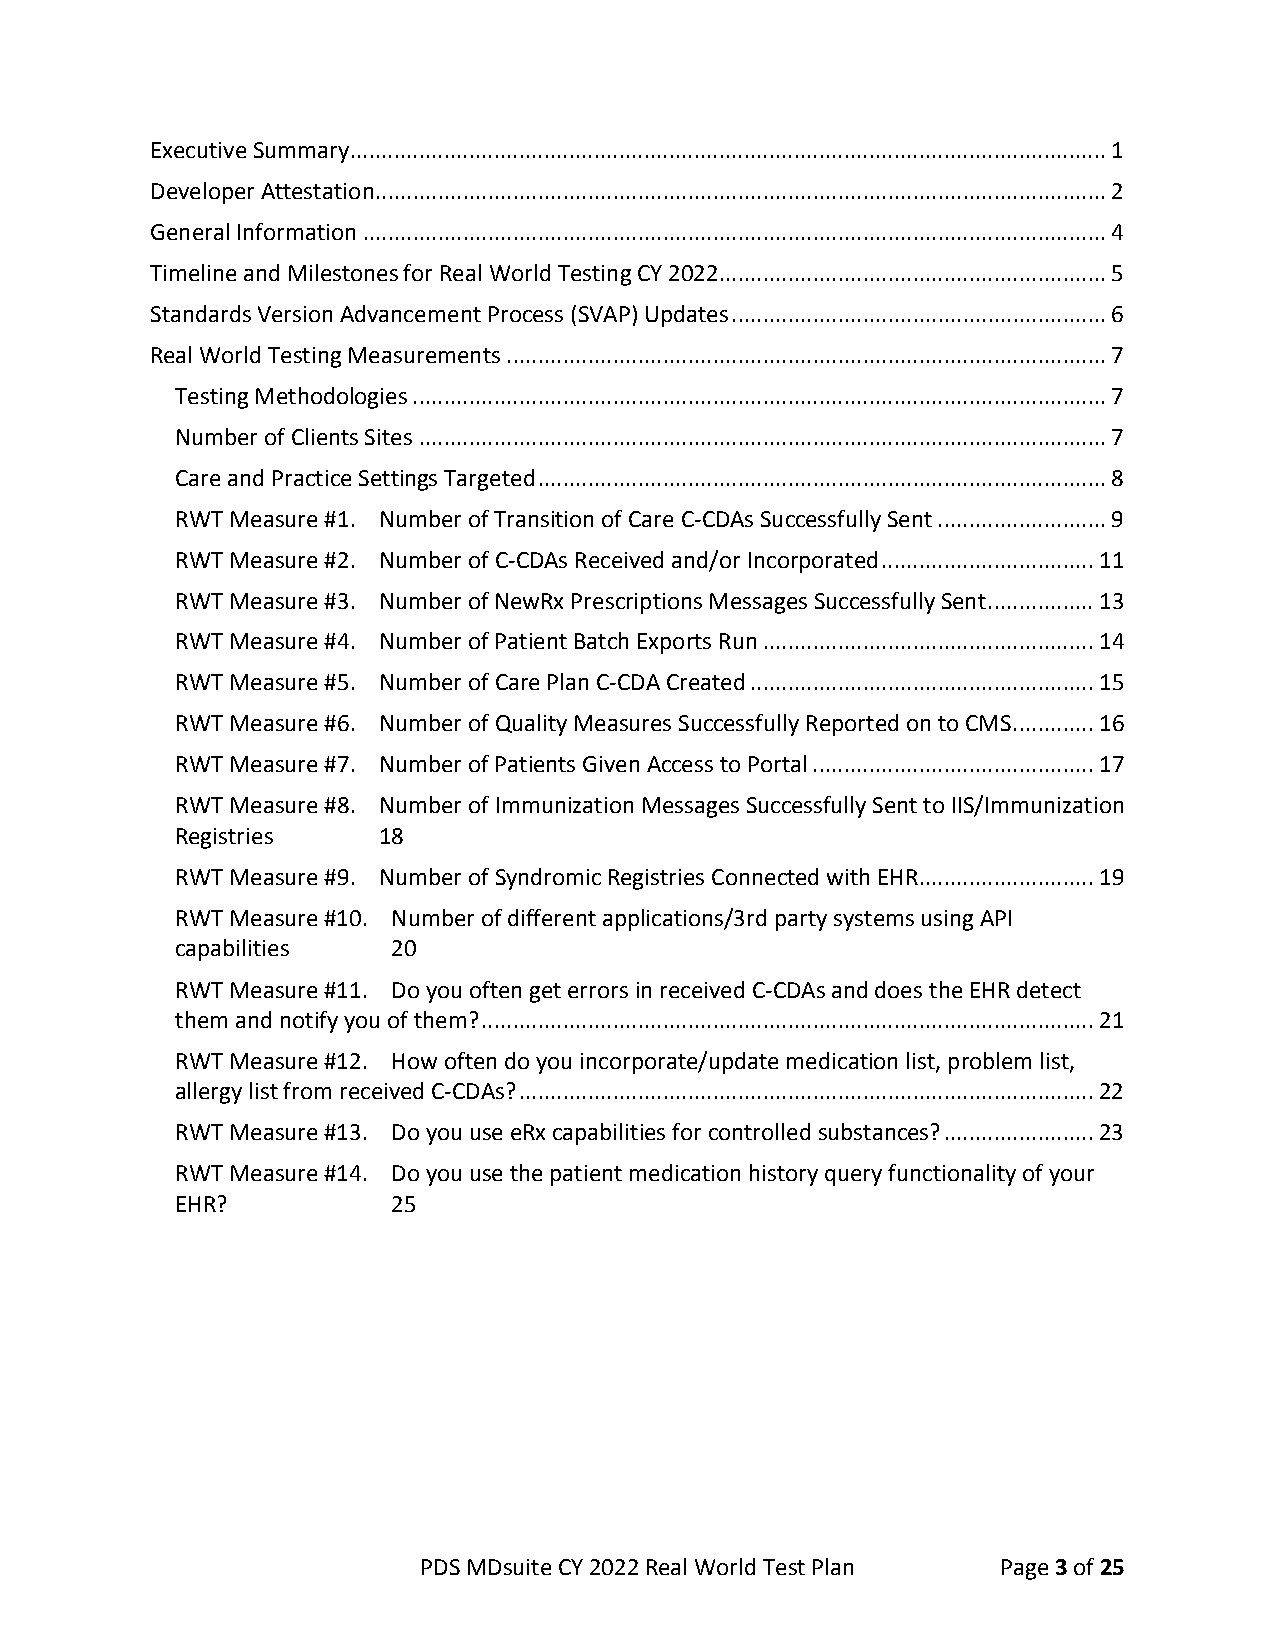
Executive Summary ......................................................................................................................... 1
 Developer Attestation ..................................................................................................................... 2
 General Information ....................................................................................................................... 4
 Timeline and Milestones for Real World Testing CY 2022.............................................................. 5
 Standards Version Advancement Process (SVAP) Updates ............................................................ 6
 Real World Testing Measurements ................................................................................................ 7
 Testing Methodologies ............................................................................................................... 7
 Number of Clients Sites .............................................................................................................. 7
 Care and Practice Settings Targeted ........................................................................................... 8
 RWT Measure #1. Number of Transition of Care C-CDAs Successfully Sent ........................... 9
 RWT Measure #2. Number of C-CDAs Received and/or Incorporated .................................. 11
 RWT Measure #3. Number of NewRx Prescriptions Messages Successfully Sent ................. 13
 RWT Measure #4. Number of Patient Batch Exports Run ..................................................... 14
 RWT Measure #5. Number of Care Plan C-CDA Created ....................................................... 15
 RWT Measure #6. Number of Quality Measures Successfully Reported on to CMS ............. 16
 RWT Measure #7. Number of Patients Given Access to Portal ............................................. 17
 RWT Measure #8. Number of Immunization Messages Successfully Sent to IIS/Immunization
 Registries   18
 RWT Measure #9. Number of Syndromic Registries Connected with EHR ............................ 19
 RWT Measure #10. Number of different applications/3rd party systems using API
 capabilities  20
 RWT Measure #11. Do you often get errors in received C-CDAs and does the EHR detect
 them and notify you of them? .................................................................................................. 21
 RWT Measure #12. How often do you incorporate/update medication list, problem list,
 allergy list from received C-CDAs? ............................................................................................ 22
 RWT Measure #13. Do you use eRx capabilities for controlled substances? ........................ 23
 RWT Measure #14. Do you use the patient medication history query functionality of your
 EHR?          25
 PDS MDsuite CY 2022 Real World Test Plan Page 3 of 25